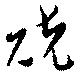
兢